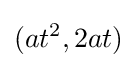
(at^{2},2at)